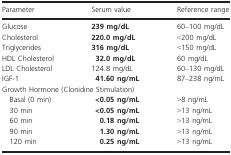
<table><thead><tr><td><b>Parameter</b></td><td><b>Serum value</b></td><td><b>Reference range</b></td></tr></thead><tbody><tr><td>Glucose</td><td><b>239 mg/dL</b></td><td>60–100 mg/dL</td></tr><tr><td>Cholesterol</td><td><b>220.0 mg/dL</b></td><td>&lt;200 mg/dL</td></tr><tr><td>Triglycerides</td><td><b>316 mg/dL</b></td><td>&lt;150 mg/dL</td></tr><tr><td>HDL Cholesterol</td><td><b>32.0 mg/dL</b></td><td>60 mg/dL</td></tr><tr><td>LDL Cholesterol</td><td>124.8 mg/dL</td><td>60–130 mg/dL</td></tr><tr><td>IGF‐1</td><td><b>41.60 ng/mL</b></td><td>87–238 ng/mL</td></tr><tr><td colspan="3">Growth Hormone (Clonidine Stimulation)</td></tr><tr><td>Basal (0 min)</td><td><b>&lt;0.05 ng/mL</b></td><td>&gt;8 ng/mL</td></tr><tr><td>30 min</td><td><b>&lt;0.05 ng/mL</b></td><td>&gt;13 ng/mL</td></tr><tr><td>60 min</td><td><b>0.18 ng/mL</b></td><td>&gt;13 ng/mL</td></tr><tr><td>90 min</td><td><b>1.30 ng/mL</b></td><td>&gt;13 ng/mL</td></tr><tr><td>120 min</td><td><b>0.25 ng/mL</b></td><td>&gt;13 ng/mL</td></tr></tbody></table>